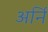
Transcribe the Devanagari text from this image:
अर्नि